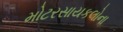
મોટરસાયકલોના